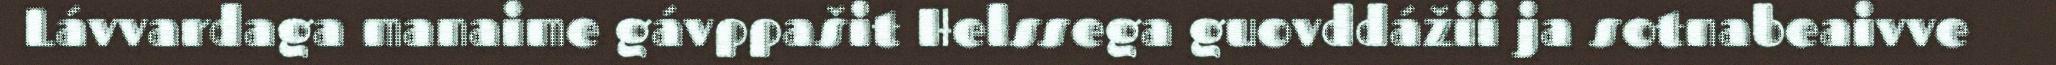
Lávvardaga manaime gávppašit Helssega guovddážii ja sotnabeaivve